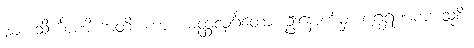
၂၁၁။ သိင်္ဃာဏိကာတိ၊ ကား။ မတ္ထလုင်္ဂတော၊ ဦးနောက်မှ။ ပဂ္ဃရဏကအသုစိ၊